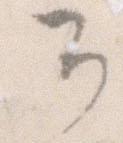
可